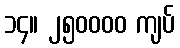
၁၄။ ၂၅၀၀၀၀ ကျပ်